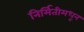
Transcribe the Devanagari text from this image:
निर्मितीमधून